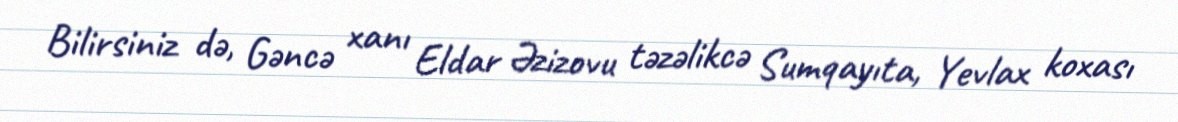
Bilirsiniz də, Gəncə xanı Eldar Əzizovu təzəlikcə Sumqayıta, Yevlax koxası